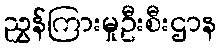
ညွှန်ကြားမှုဦးစီးဌာန